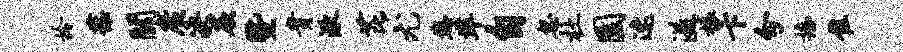
拎葆关广决蕨暨贵湫芘尤您准自忽杜园速溢榱卞分播隹